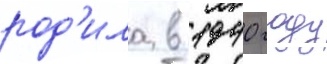
род'ила в 1940 году